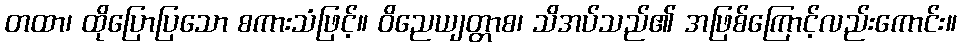
တထာ၊ ထိုပြောပြသော စကားသံဖြင့်။ ဝိညေယျတ္တာစ၊ သိအပ်သည်၏ အဖြစ်ကြောင့်လည်းကောင်း။